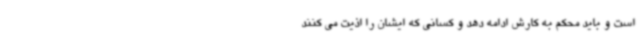
است و باید محکم به کارش ادامه دهد و کسانی که ایشان را اذیت می کنند